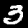
Digit: 3